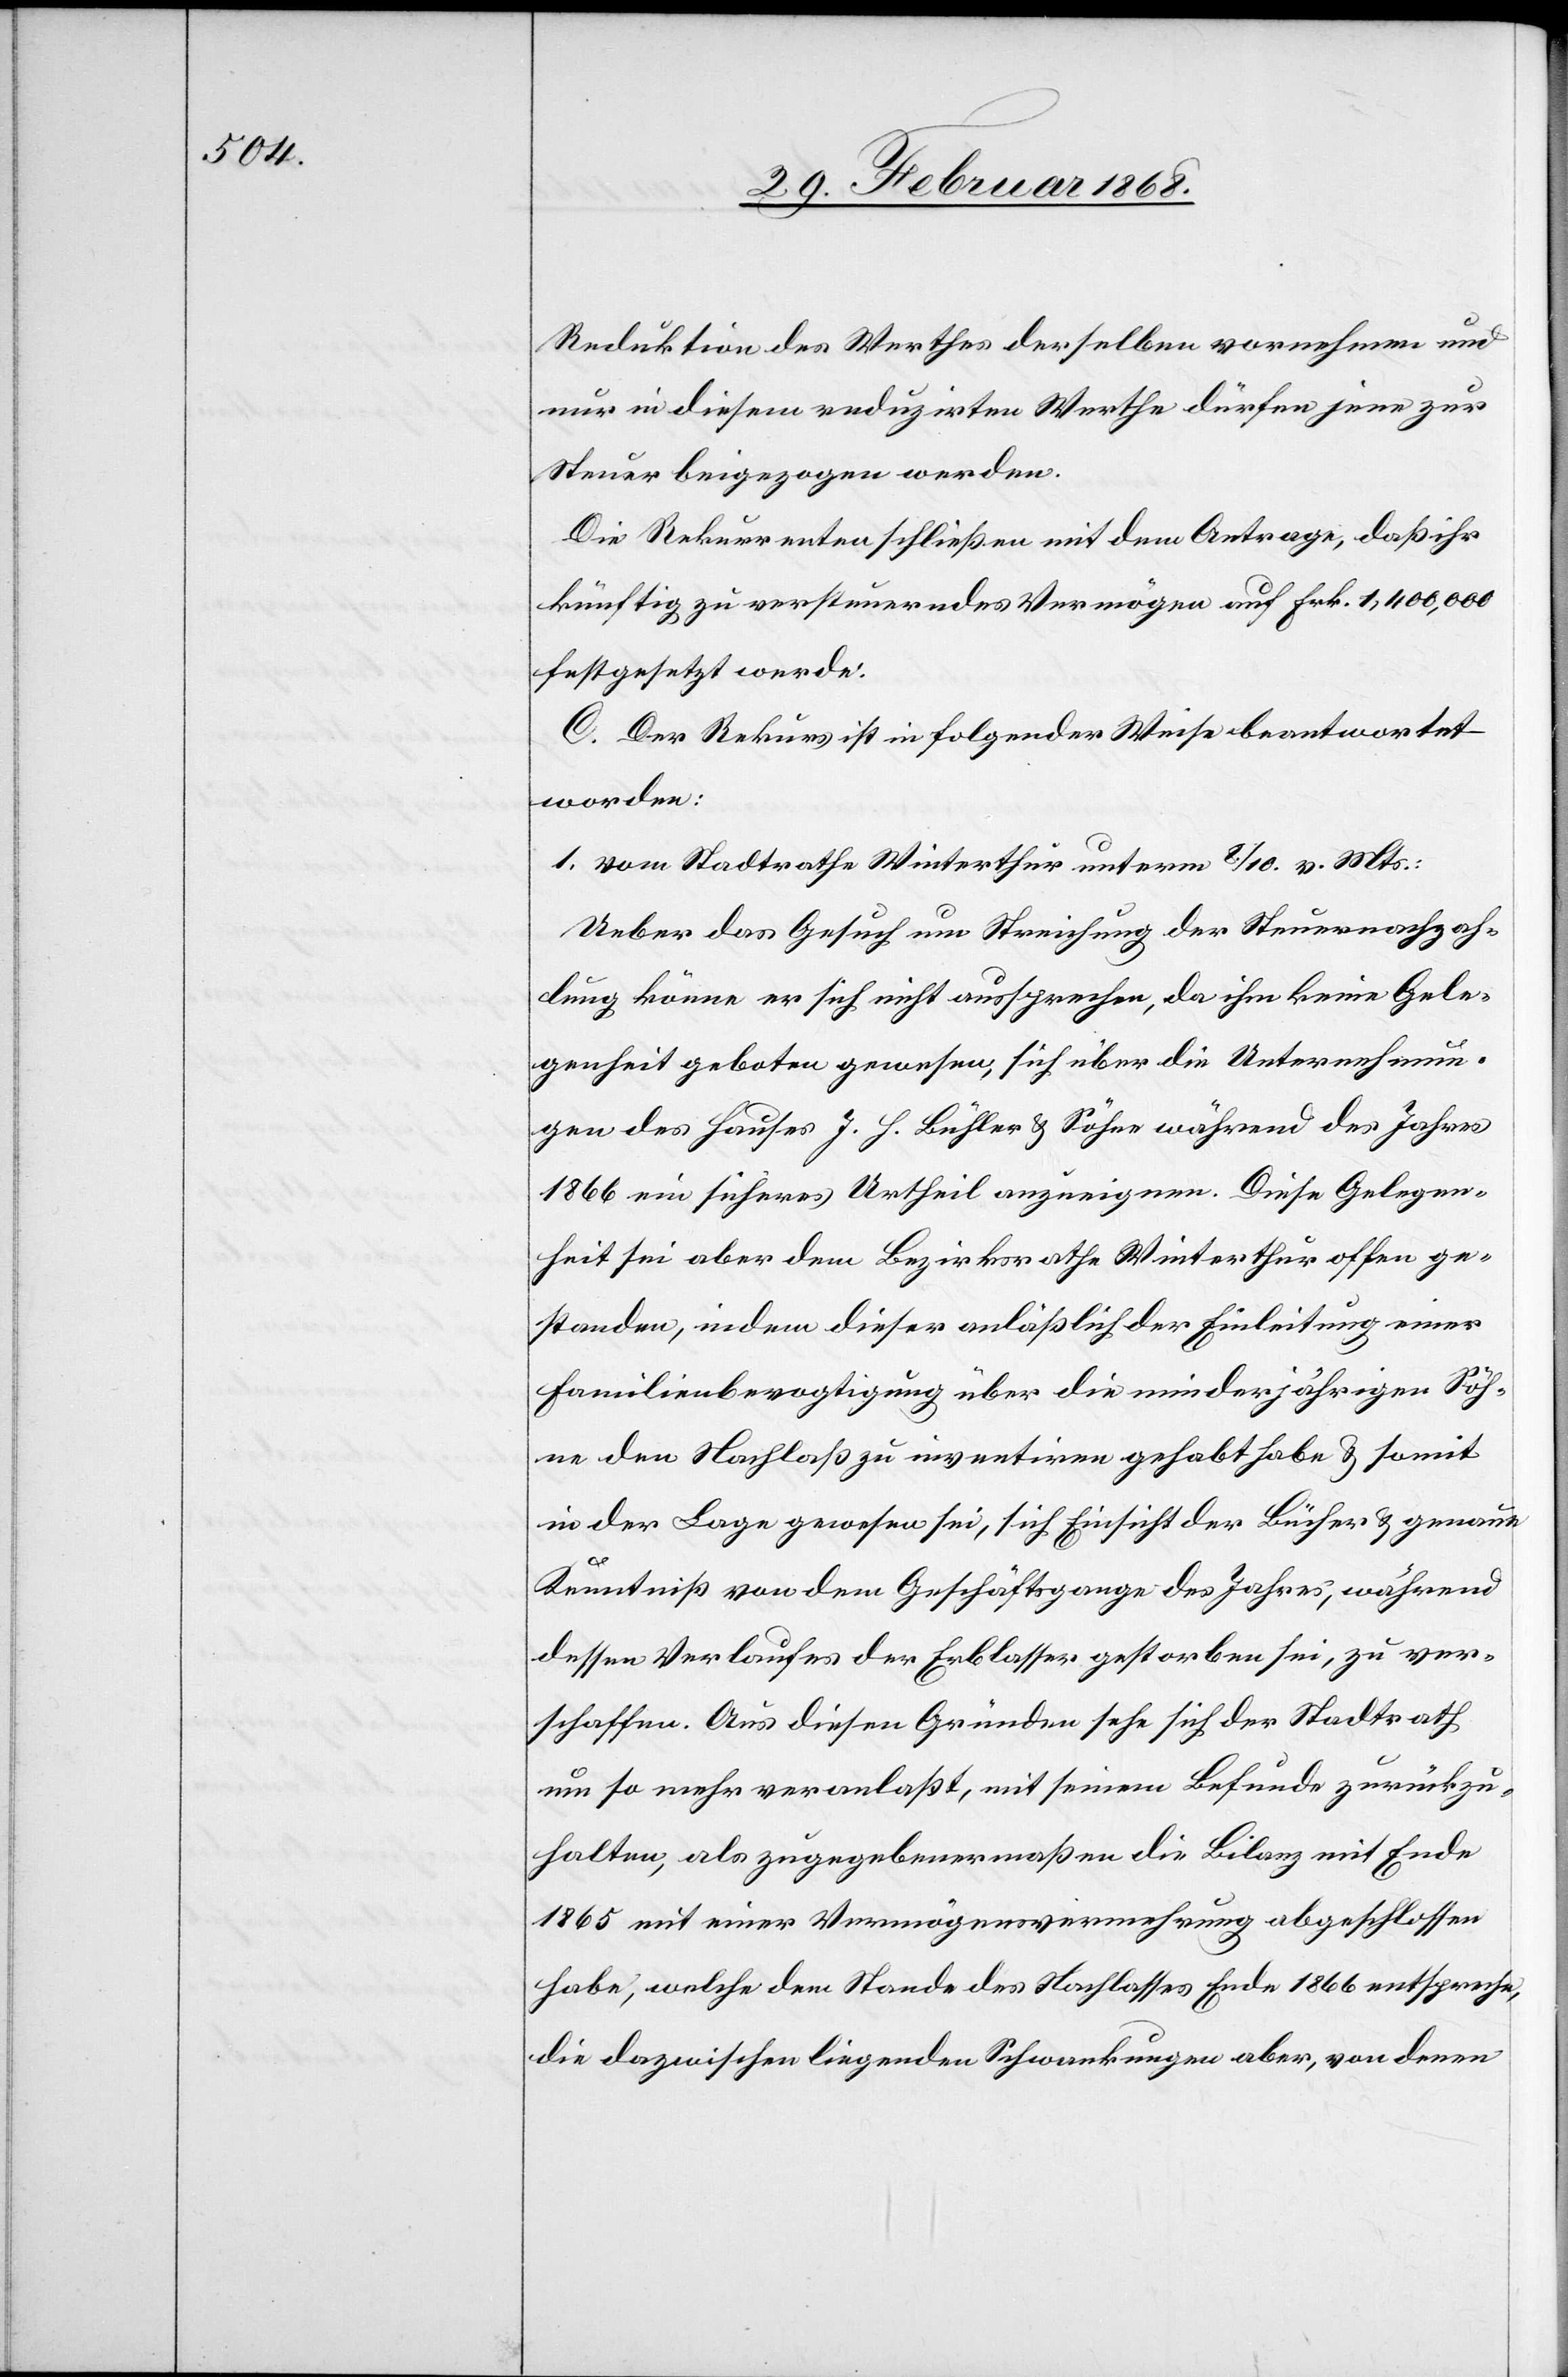
Reduktion des Werthes derselben vornehmen und
nur in diesem reduzirten Werthe dürfen jene zur
Steuer beigezogen werden.
Die Rekurrenten schließen mit dem Antrage, daß ihr
künftig zu versteuerndes Vermögen auf Frk. 1,400,000
festgesetzt werde.
C. Der Rekurs ist in folgender Weise beantwortet
worden.
1. vom Stadtrathe Winterthur unterm 8. / 10. v. Mts.:
Ueber das Gesuch um Streichung der Steuernachzah¬
lung könne er sich nicht aussprechen, da ihm keine Gele¬
genheit geboten gewesen, sich über die Unternehmun¬
gen des Hauses J. H. Bühler & Söhne während des Jahres
1866 ein sicheres Urtheil anzueignen. Diese Gelegen¬
heit sei aber dem Bezirksrathe Winterthur offen ge¬
standen, indem dieser anläßlich der Einleitung einer
Familienbevogtigung über die minderjährigen Söh¬
ne den Nachlaß zu inventiren gehabt habe & somit
in der Lage gewesen sei, sich Einsicht der Bücher & genaue
Kenntniß von dem Geschäftsgange des Jahres, während
dessen Verlaufes der Erblasser gestorben sei, zu ver¬
schaffen. Aus diesen Gründen sehe sich der Stadtrath
um so mehr veranlaßt, mit seinem Befunde zurückzu¬
halten, als zugegebenermaßen die Bilanz mit Ende
1865 mit einer Vermögensvermehrung abgeschlossen
habe, welche dem Stande des Nachlasses Ende 1866 entspreche,
die dazwischen liegenden Schwankungen aber, von denen